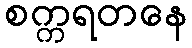
စက္ကရတနေ